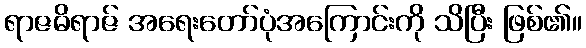
ရာဇဓိရာဇ် အရေးတော်ပုံအကြောင်းကို သိပြီး ဖြစ်၏။